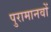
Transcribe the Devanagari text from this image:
पुरामानवों